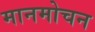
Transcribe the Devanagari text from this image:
मानमोचन